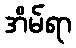
အိမ်ရာ